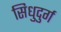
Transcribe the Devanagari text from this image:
सिधुदुर्ग